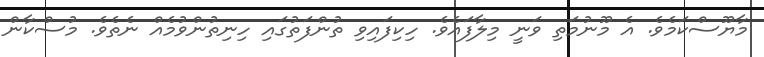
މާޔޫސްކަމެވެ. އެ މޫނުމަތި ވަނީ މިލާފައެވެ. ހިކިފައިވި ތުންފަތުގައި ހިނިތުންވުމެއް ނެތެވެ. މުސްކާން